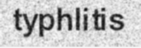
typhlitis